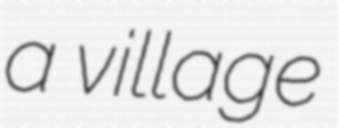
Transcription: a village